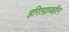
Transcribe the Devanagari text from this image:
हरितद्रव्यहीन